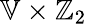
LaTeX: \mathbb{V}\times\mathbb{Z}_{2}